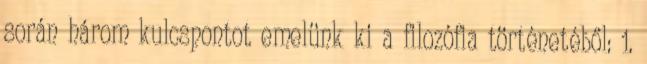
során három kulcspontot emelünk ki a filozófia történetéből: 1.